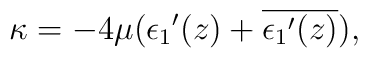
\kappa = -4 \mu ({\epsilon_1}'(z) + \overline{{\epsilon_1}'(z)}),